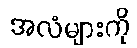
အလံများကို